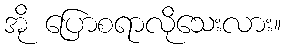
အို ပြောစရာလိုသေးလား။